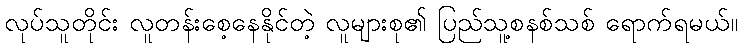
လုပ်သူတိုင်း လူတန်းစေ့နေနိုင်တဲ့ လူများစု၏ ပြည်သူ့စနစ်သစ် ရောက်ရမယ်။